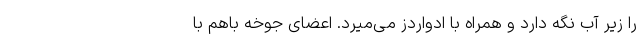
را زیر آب نگه دارد و همراه با ادواردز می‌میرد. اعضای جوخه باهم با